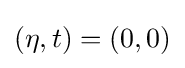
(\eta ,t)=(0,0)